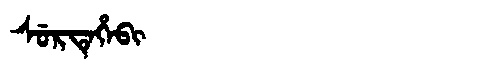
Manchu: ᠰᡠᡵᡨᡝᡥᡝᠪᡳ
Romanization: SURTEHEBI